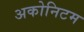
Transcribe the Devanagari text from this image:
अकोनिटम